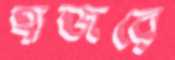
হাজরে